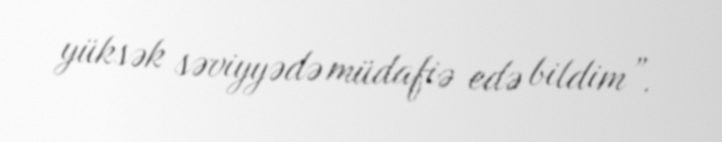
yüksək səviyyədə müdafiə edə bildim”.